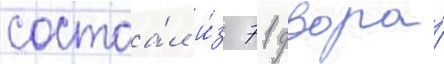
состоа́л и́з 71 двора́